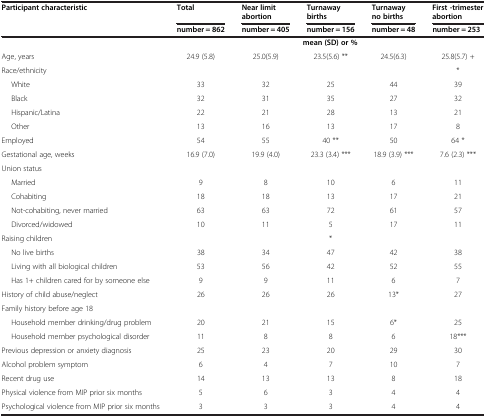
<table><thead><tr><td rowspan="2"><b>Participant characteristic</b></td><td><b>Total</b></td><td><b>Near limit abortion</b></td><td><b>Turnaway births</b></td><td><b>Turnaway no births</b></td><td><b>First -trimester abortion</b></td></tr><tr><td><b>number = 862</b></td><td><b>number = 405</b></td><td><b>number = 156</b></td><td><b>number = 48</b></td><td><b>number = 253</b></td></tr></thead><tbody><tr><td></td><td colspan="5"><b>mean (SD) or %</b></td></tr><tr><td>Age, years</td><td>24.9 (5.8)</td><td>25.0(5.9)</td><td>23.5(5.6) **</td><td>24.5(6.3)</td><td>25.8(5.7) +</td></tr><tr><td>Race/ethnicity</td><td></td><td></td><td></td><td></td><td>*</td></tr><tr><td>White</td><td>33</td><td>32</td><td>25</td><td>44</td><td>39</td></tr><tr><td>Black</td><td>32</td><td>31</td><td>35</td><td>27</td><td>32</td></tr><tr><td>Hispanic/Latina</td><td>22</td><td>21</td><td>28</td><td>13</td><td>21</td></tr><tr><td>Other</td><td>13</td><td>16</td><td>13</td><td>17</td><td>8</td></tr><tr><td>Employed</td><td>54</td><td>55</td><td>40 **</td><td>50</td><td>64 *</td></tr><tr><td>Gestational age, weeks</td><td>16.9 (7.0)</td><td>19.9 (4.0)</td><td>23.3 (3.4) ***</td><td>18.9 (3.9) ***</td><td>7.6 (2.3) ***</td></tr><tr><td>Union status</td><td></td><td></td><td></td><td></td><td></td></tr><tr><td>Married</td><td>9</td><td>8</td><td>10</td><td>6</td><td>11</td></tr><tr><td>Cohabiting</td><td>18</td><td>18</td><td>13</td><td>17</td><td>21</td></tr><tr><td>Not-cohabiting, never married</td><td>63</td><td>63</td><td>72</td><td>61</td><td>57</td></tr><tr><td>Divorced/widowed</td><td>10</td><td>11</td><td>5</td><td>17</td><td>11</td></tr><tr><td>Raising children</td><td></td><td></td><td>*</td><td></td><td></td></tr><tr><td>No live births</td><td>38</td><td>34</td><td>47</td><td>42</td><td>38</td></tr><tr><td>Living with all biological children</td><td>53</td><td>56</td><td>42</td><td>52</td><td>55</td></tr><tr><td>Has 1+ children cared for by someone else</td><td>9</td><td>9</td><td>11</td><td>6</td><td>7</td></tr><tr><td>History of child abuse/neglect</td><td>26</td><td>26</td><td>26</td><td>13*</td><td>27</td></tr><tr><td>Family history before age 18</td><td></td><td></td><td></td><td></td><td></td></tr><tr><td>Household member drinking/drug problem</td><td>20</td><td>21</td><td>15</td><td>6*</td><td>25</td></tr><tr><td>Household member psychological disorder</td><td>11</td><td>8</td><td>8</td><td>6</td><td>18***</td></tr><tr><td>Previous depression or anxiety diagnosis</td><td>25</td><td>23</td><td>20</td><td>29</td><td>30</td></tr><tr><td>Alcohol problem symptom</td><td>6</td><td>4</td><td>7</td><td>10</td><td>7</td></tr><tr><td>Recent drug use</td><td>14</td><td>13</td><td>13</td><td>8</td><td>18</td></tr><tr><td>Physical violence from MIP prior six months</td><td>5</td><td>6</td><td>3</td><td>4</td><td>4</td></tr><tr><td>Psychological violence from MIP prior six months</td><td>3</td><td>3</td><td>3</td><td>4</td><td>4</td></tr></tbody></table>